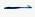
Text: -